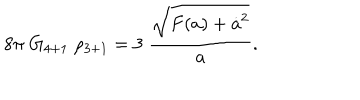
8 \pi \; G _ { 4 + 1 } \; \rho _ { 3 + 1 } = 3 \; { \frac { \sqrt { F ( a ) + \dot { a } ^ { 2 } } } { a } } .